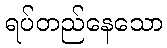
ရပ်တည်နေသော